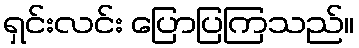
ရှင်းလင်း ပြောပြကြသည်။